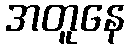
အတူနေ